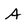
Character: A